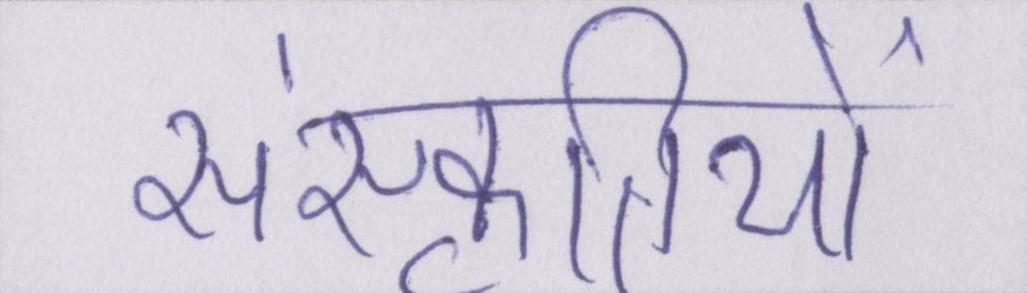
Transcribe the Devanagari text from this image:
संस्कृतियों